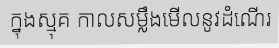
ក្នុងស្មុគ កាលសម្លឹងមើលនូវដំណើរ